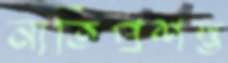
নাতিপ্রশস্ত